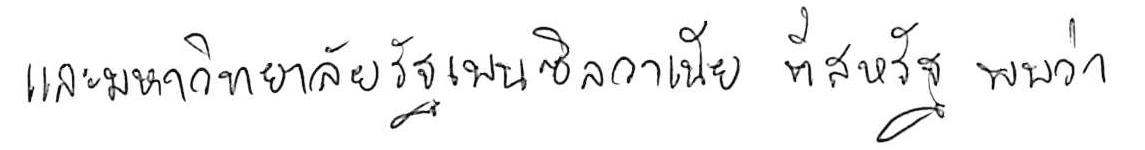
และมหาวิทยาลัยรัฐเพนซิลวาเนีย ที่สหรัฐ พบว่า